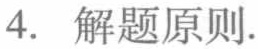
4. 解题原则.